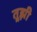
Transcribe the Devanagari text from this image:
तूझी